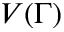
V ( \Gamma )